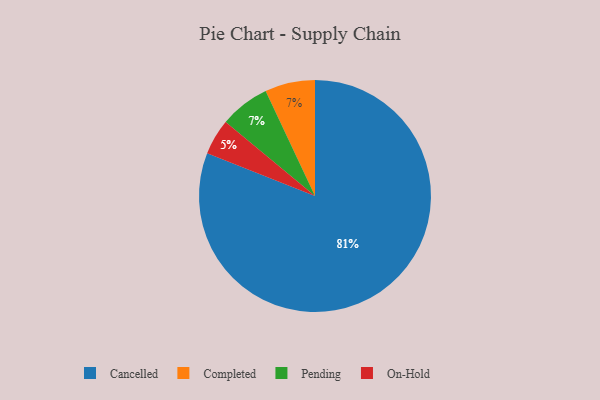
{"axis": {"x": "Category", "y": "Percentage"}, "legend": ["Cancelled", "Completed", "On-Hold", "Pending"], "data": [{"x": "On-Hold", "y": 5, "type": "On-Hold"}, {"x": "Completed", "y": 7, "type": "Completed"}, {"x": "Cancelled", "y": 81, "type": "Cancelled"}, {"x": "Pending", "y": 7, "type": "Pending"}]}